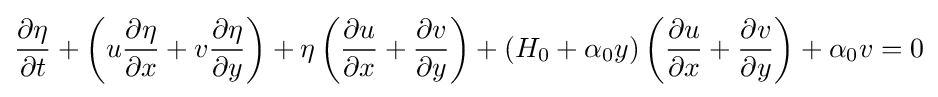
{\partial \eta  \over \partial t}+\left(u{\partial \eta  \over \partial x}+v{\partial \eta  \over \partial y}\right)+\eta \left({\partial u \over \partial x}+{\partial v \over \partial y}\right)+(H_{0}+\alpha _{0}y)\left({\partial u \over \partial x}+{\partial v \over \partial y}\right)+\alpha _{0}v=0